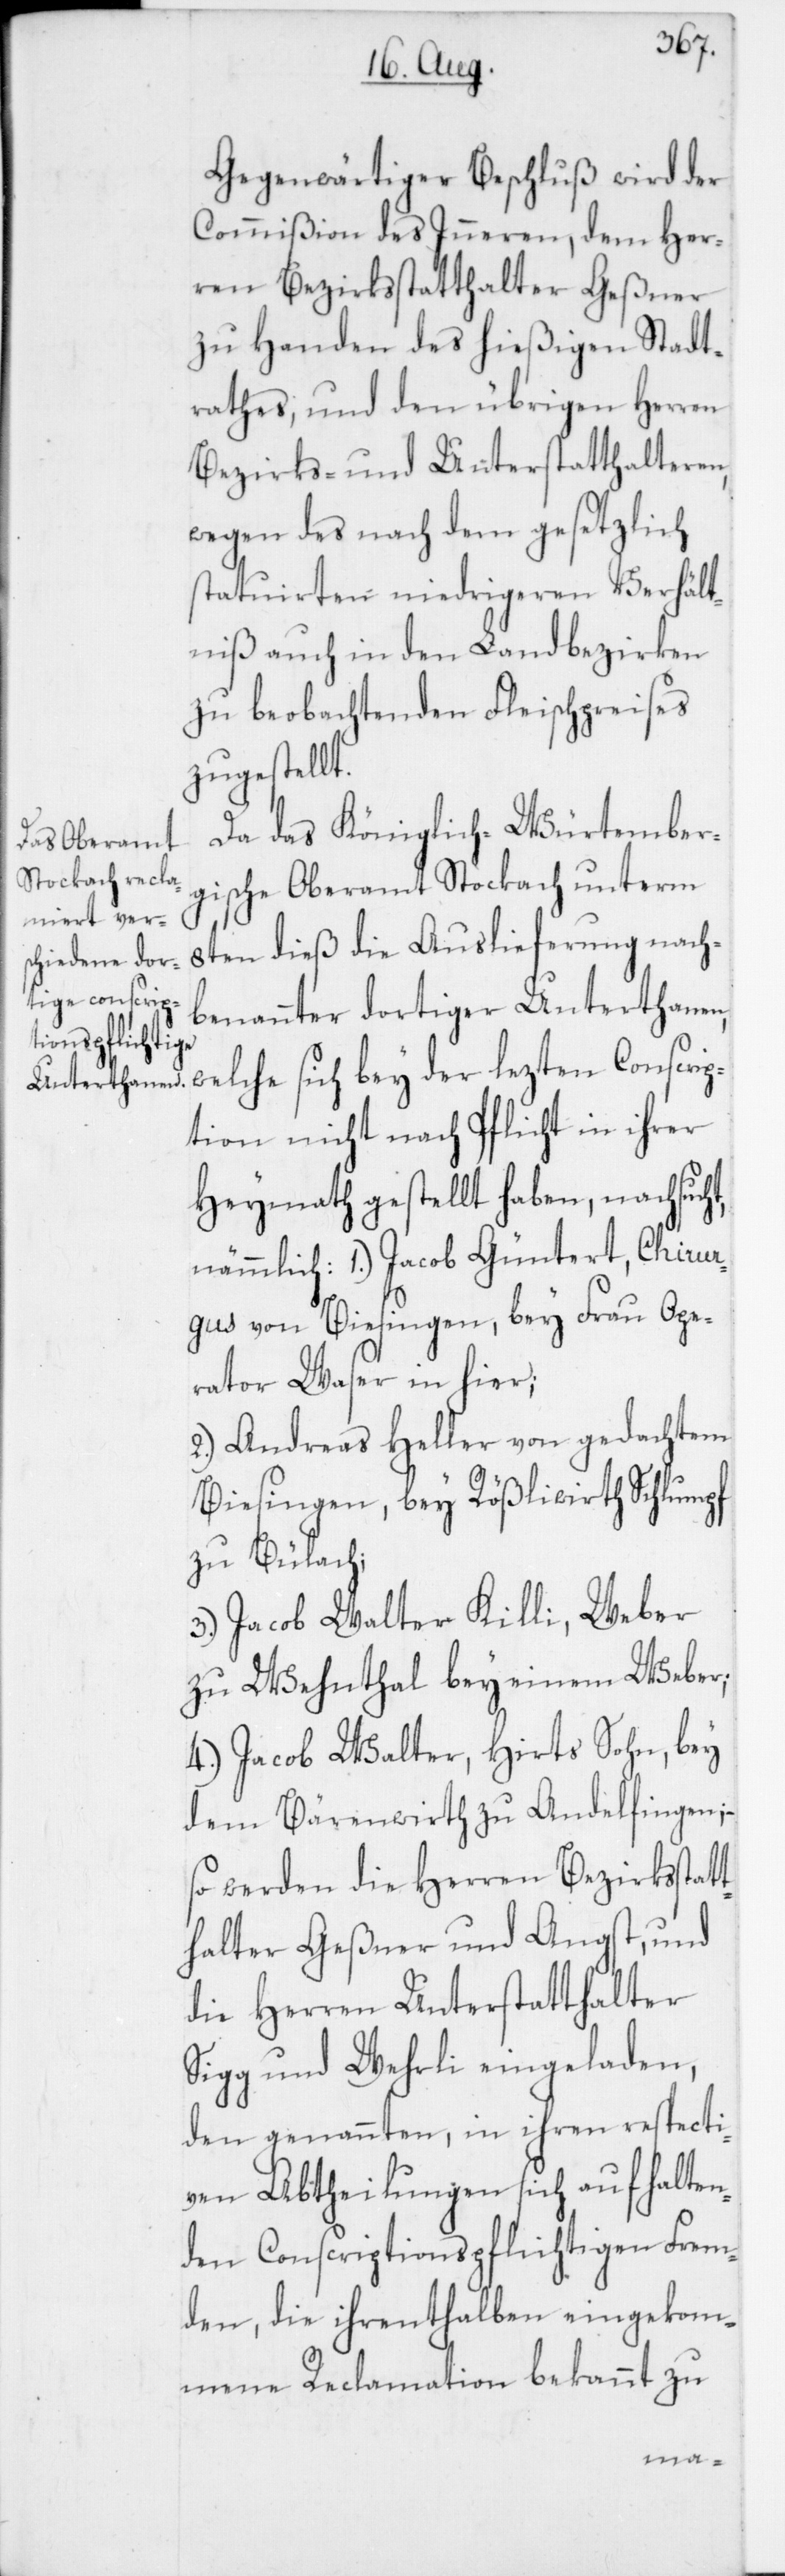
Gegenwärtiger Beschluß wird der
Commißion des Inneren, dem Her¬
ren Bezirksstatthalter Geßner
zu Handen des hießigen Stadt¬
rathes, und den übrigen Herren
Bezirks- und Unterstatthalteren
wegen des nach dem gesetzlich
statuierten niedrigeren Verhält¬
niß auch in den Landbezirken
zu beobachtenden Fleischpreises
zugestellt.
Da das Königlich-Würtember¬
gische Oberamt Stockach unterm
8ten dieß die Auslieferung nach¬
benannter dortiger Unterthanen,
welche sich bey der lezten Conscrip¬
tion nicht nach Pflicht in ihrer
Heymath gestellt haben, nachsuch¬
gus von Biesingen, bey Frau Ope¬
rator Waser in hier;
2. Andreas Heller von gedachtem
Biesingen, bey Rößliwirth Schlumpf
zu Bülach;
3. Jacob Walter Killi, Weber,
zu Wehnthal bey einem Weber;
4. Jacob Walter, Hirts Sohn, bey
dem Bärenwirth zu Andelfingen; –
werden die Herren Bezirksstatt¬
halter Geßner und Angst, und
die Herren Unterstatthalter
Sigg und Wehrli eingeladen,
den genannten, in ihren respecti¬
ven Abtheilungen sich aufhalten¬
den Conscriptionspflichtigen Frem¬
den, die ihrenthalben eingekom¬
mene Reclamation bekannt zu
Chirur¬